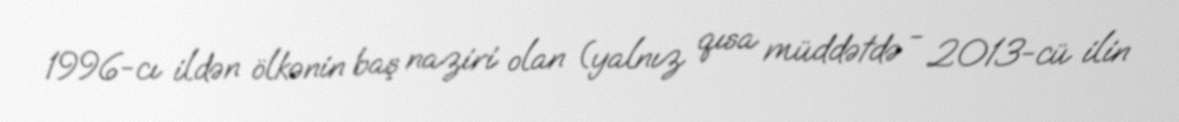
1996-cı ildən ölkənin baş naziri olan (yalnız qısa müddətdə - 2013-cü ilin